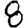
Digit: 8